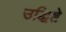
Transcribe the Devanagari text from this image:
उद्धिष्टे